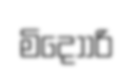
මිදොා්රි